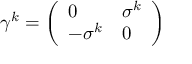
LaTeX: \gamma ^ { k } = { \left( \begin{array} { l l } { 0 } & { \sigma ^ { k } } \\ { - \sigma ^ { k } } & { 0 } \end{array} \right) }